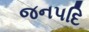
જનપદિ